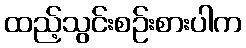
ထည့်သွင်းစဉ်းစားပါက